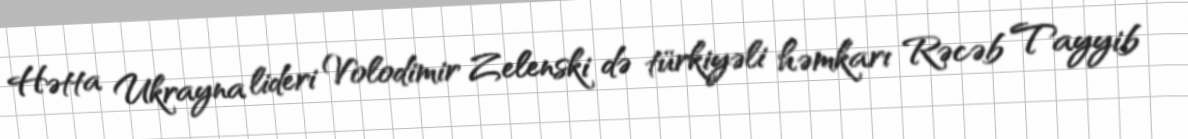
Hətta Ukrayna lideri Volodimir Zelenski də türkiyəli həmkarı Rəcəb Tayyib